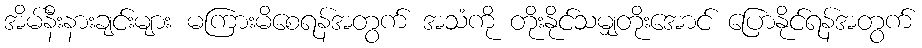
အိမ်နီးနားချင်းများ မကြားမိစေရန်အတွက် အသံကို တိုးနိုင်သမျှတိုးအောင် ပြောနိုင်ရန်အတွက်